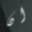
ان